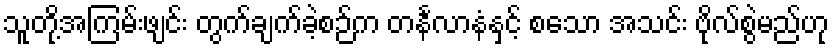
သူတို့အကြမ်းဖျင်း တွက်ချက်ခဲ့စဉ်က တင်္နလာနံနှင့် စသော အသင်း ဗိုလ်စွဲမည်ဟု